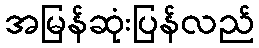
အမြန်ဆုံးပြန်လည်